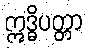
ဣဒ္ဓိပတ္တာ